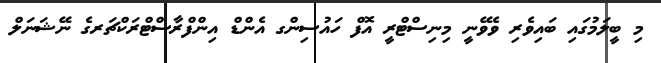
މި ބީލަމުގައި ބައިވެރި ވެވޭނީ މިނިސްޓްރީ އޮފް ހައުސިންގ އެންޑް އިންފްރާސްޓްރަކްޗަރގެ ނޭޝަނަލް